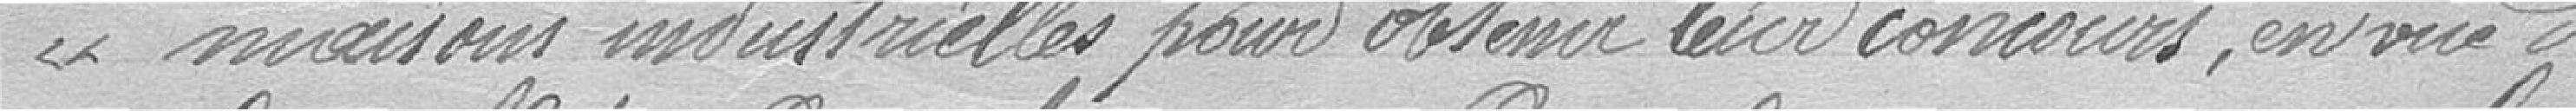
"maisons industrielles pour obtenir leur concours, en vue de